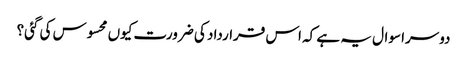
دوسرا سوال یہ ہے کہ اس قرارداد کی ضرورت کیوں محسوس کی گئی؟